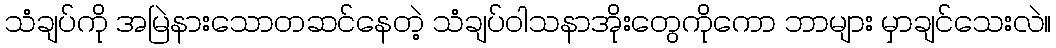
သံချပ်ကို အမြဲနားသောတဆင်နေတဲ့ သံချပ်ဝါသနာအိုးတွေကိုကော ဘာများ မှာချင်သေးလဲ။